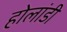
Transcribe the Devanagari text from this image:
होलांडी